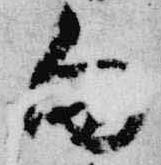
向